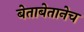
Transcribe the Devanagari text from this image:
बेताबेतानेच